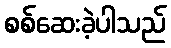
စစ်ဆေးခဲ့ပါသည်